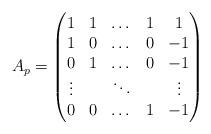
LaTeX: \begin{align*} A_p = \left( \begin{matrix} 1 & 1 & \dots & 1 & 1 \\ 1 & 0 & \dots & 0 & -1 \\ 0 & 1 & \dots & 0 & -1 \\ \vdots & & \ddots & &\vdots \\ 0 & 0 & \dots & 1 & -1 \end{matrix} \right) \end{align*}